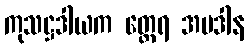
ကုသဋ္ဌဒါယက တ္ထေရ အပဒါန